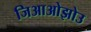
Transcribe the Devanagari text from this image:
जिआओझोउ